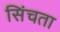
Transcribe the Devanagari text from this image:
सिंचता